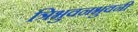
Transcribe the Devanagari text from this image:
त्रिभुवनभुवनी